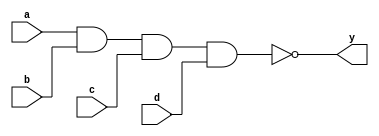
module tri_nand4(
   y,
   a,
   b,
   c,
   d
);
   parameter                      WIDTH = 1;
   parameter                      BTR = "NAND4_X2M_NONE";  //Specify full BTR name, else let tool select
   output [0:WIDTH-1]  y;
   input [0:WIDTH-1]   a;
   input [0:WIDTH-1]   b;
   input [0:WIDTH-1]   c;
   input [0:WIDTH-1]   d;
   genvar 	       i;

   generate
	   for (i = 0; i < WIDTH; i = i + 1) begin : w
      	      nand I0(y[i], a[i], b[i], c[i], d[i]);
	   end
   endgenerate
endmodule